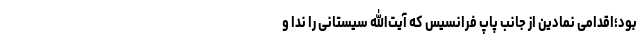
بود؛اقدامی نمادین از جانب پاپ فرانسیس که آیت‌الله سیستانی را ندا و